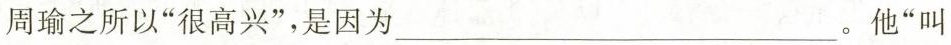
周瑜之所以”很高兴”，是因为。他”叫